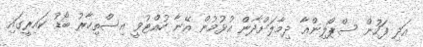
އަދި ފަހުން ސްޕޯލިންއާ ދިމާލަށްދާން އުޅުމުން އޭނާ ހުއްޓުވީ އިސްތިހާރު ބޯޑު ކައިރީގައި